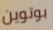
بوتوين